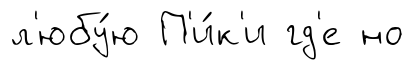
л'юбу́ю П'и́к'и гд'е но